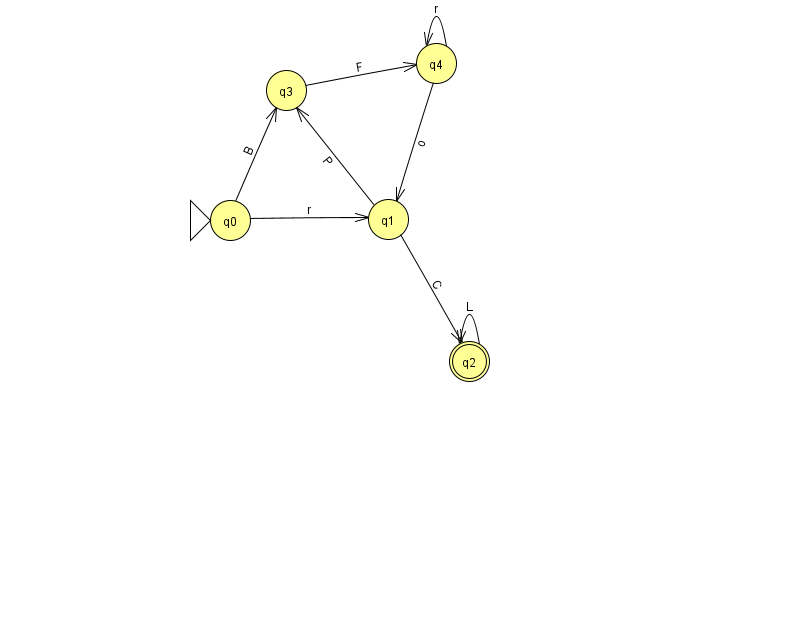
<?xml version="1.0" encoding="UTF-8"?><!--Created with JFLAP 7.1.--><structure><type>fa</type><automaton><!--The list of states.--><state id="0" name="q0"><x>230.0</x><y>207.0</y><initial/></state><state id="1" name="q1"><x>388.0</x><y>206.0</y></state><state id="2" name="q2"><x>469.0</x><y>348.0</y><final/></state><state id="3" name="q3"><x>286.0</x><y>77.0</y></state><state id="4" name="q4"><x>436.0</x><y>50.0</y></state><!--The list of transitions.--><transition><from>3</from><to>4</to><read>F</read></transition><transition><from>4</from><to>4</to><read>r</read></transition><transition><from>0</from><to>1</to><read>r</read></transition><transition><from>4</from><to>1</to><read>o</read></transition><transition><from>0</from><to>3</to><read>B</read></transition><transition><from>1</from><to>2</to><read>C</read></transition><transition><from>1</from><to>3</to><read>P</read></transition><transition><from>2</from><to>2</to><read>L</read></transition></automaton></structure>